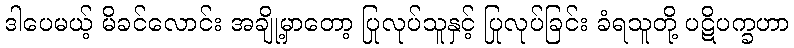
ဒါပေမယ့် မိခင်လောင်း အချို့မှာတော့ ပြုလုပ်သူနှင့် ပြုလုပ်ခြင်း ခံရသူတို့ ပဋိပက္ခဟာ